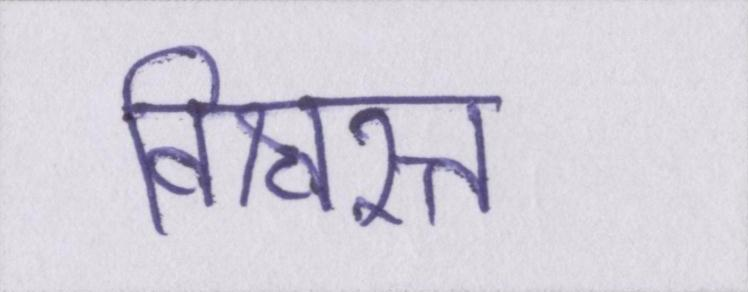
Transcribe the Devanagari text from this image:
विश्वस्त